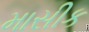
માસીક